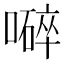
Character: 𡀬